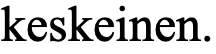
keskeinen.